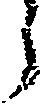
う